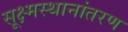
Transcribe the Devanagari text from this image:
सूक्ष्मस्थानांतरण